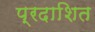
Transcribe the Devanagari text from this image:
प्रदाशित